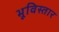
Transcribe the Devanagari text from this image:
भूविस्तार